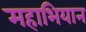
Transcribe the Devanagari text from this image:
महाभियान